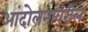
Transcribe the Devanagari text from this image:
आंदोलनांवरील